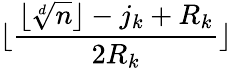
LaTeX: \lfloor\frac{\lfloor\sqrt[d]{n}\rfloor-j_{k}+R_{k}}{2R_{k}}\rfloor